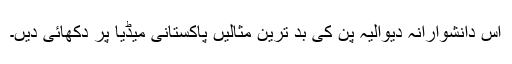
اس دانشوارانہ دیوالیہ پن کی بد ترین مثالیں پاکستانی میڈیا پر دکھائی دیں۔